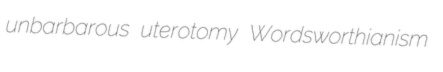
unbarbarous uterotomy Wordsworthianism